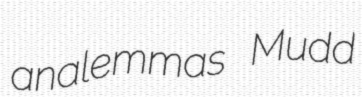
analemmas Mudd